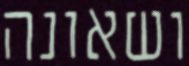
ושאונה